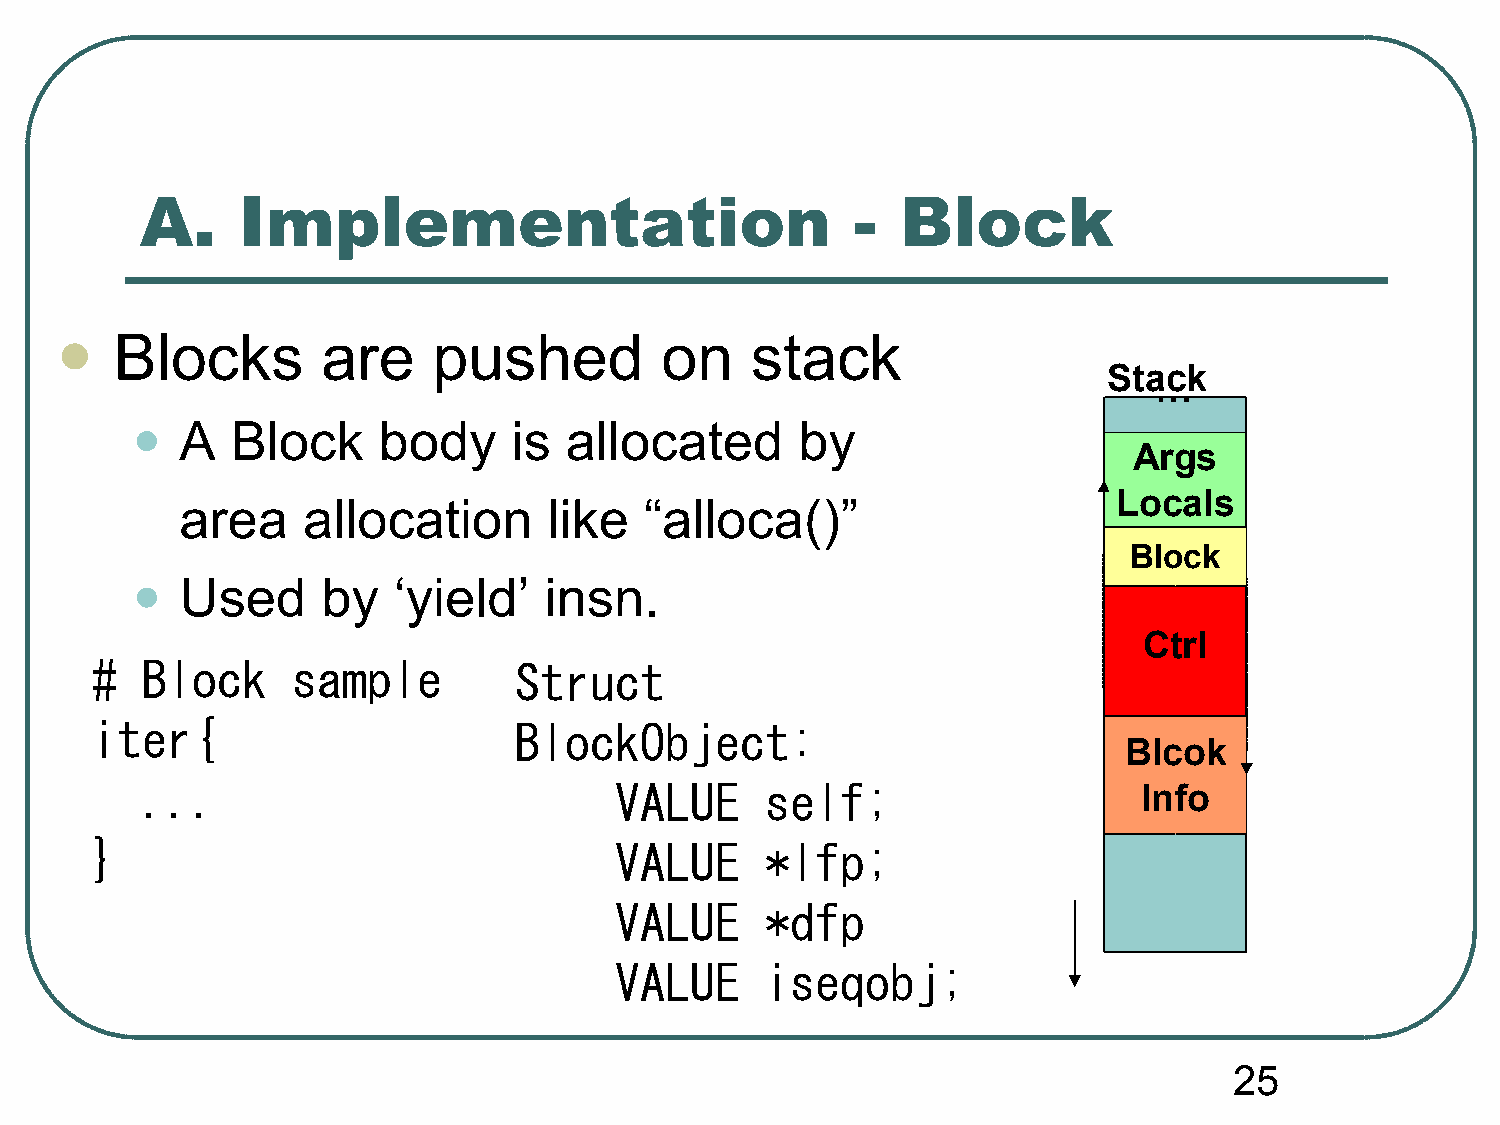
A.     Implementation                           -  Block
 Blocks       are     pushed         on    stack
 
 Stack
 …
 •
 A  Block     body     is allocated       by
 Args
 Locals
 area    allocation      like   “alloca()”
 Block
 •
 Used     by   ‘yield’   insn.
 Ctrl
 #  Block     sample         Struct
 iter{                       BlockObject:
 Blcok
 ...                             VALUE     self;                    Info
 }                                  VALUE     *lfp;
 VALUE     *dfp
 VALUE     iseqobj;
 25